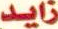
زايد